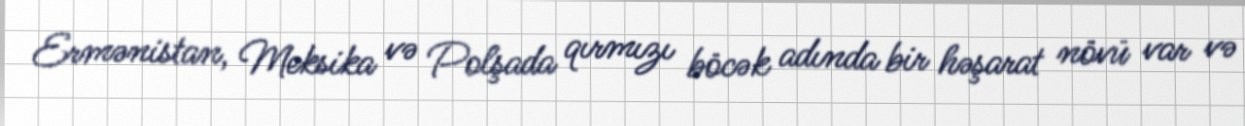
Ermənistan, Meksika və Polşada qırmızı böcək adında bir həşarat növü var və